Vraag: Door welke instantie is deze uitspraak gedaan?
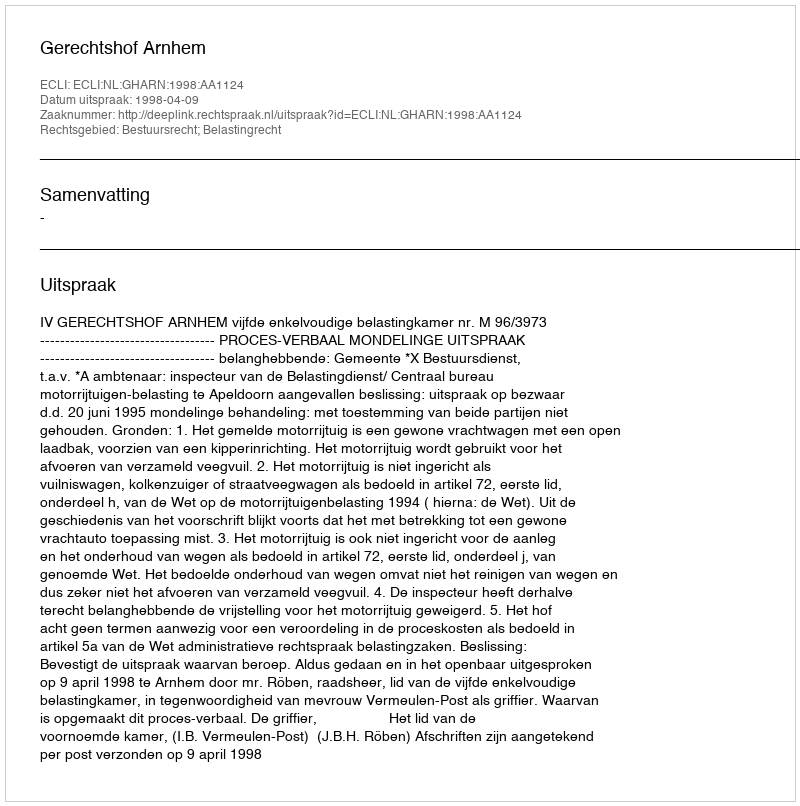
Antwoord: Gerechtshof Arnhem